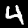
Digit: 4